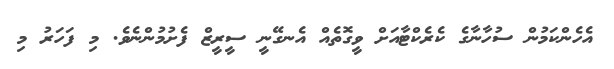
އެހެންކަމުން ސުހާނާގެ ކެރެކްޓާއަށް ވީގޮތެއް އެނގޭނީ ސީރީޒް ފެށުމުންނެވެ. މި ފަހަރު މި